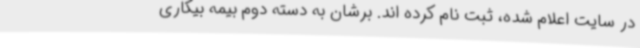
در سایت اعلام شده، ثبت نام کرده اند. برشان به دسته دوم بیمه بیکاری